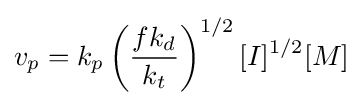
v_{p}={k_{p}}\left({\frac {fk_{d}}{k_{t}}}\right)^{1/2}[I]^{1/2}[M]